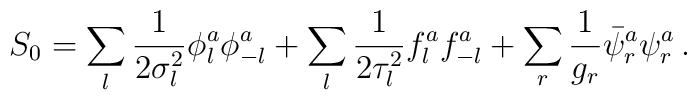
S_0 =  \sum_l {1 \over 2 \sigma_l^2} \phi_l^a \phi_{-l}^a     + \sum_l {1 \over 2 \tau_l^2} f_l^a f_{-l}^a     + \sum_r {1 \over g_r} \bar{\psi}_r^a \psi_r^a \,.